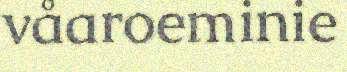
våaroeminie